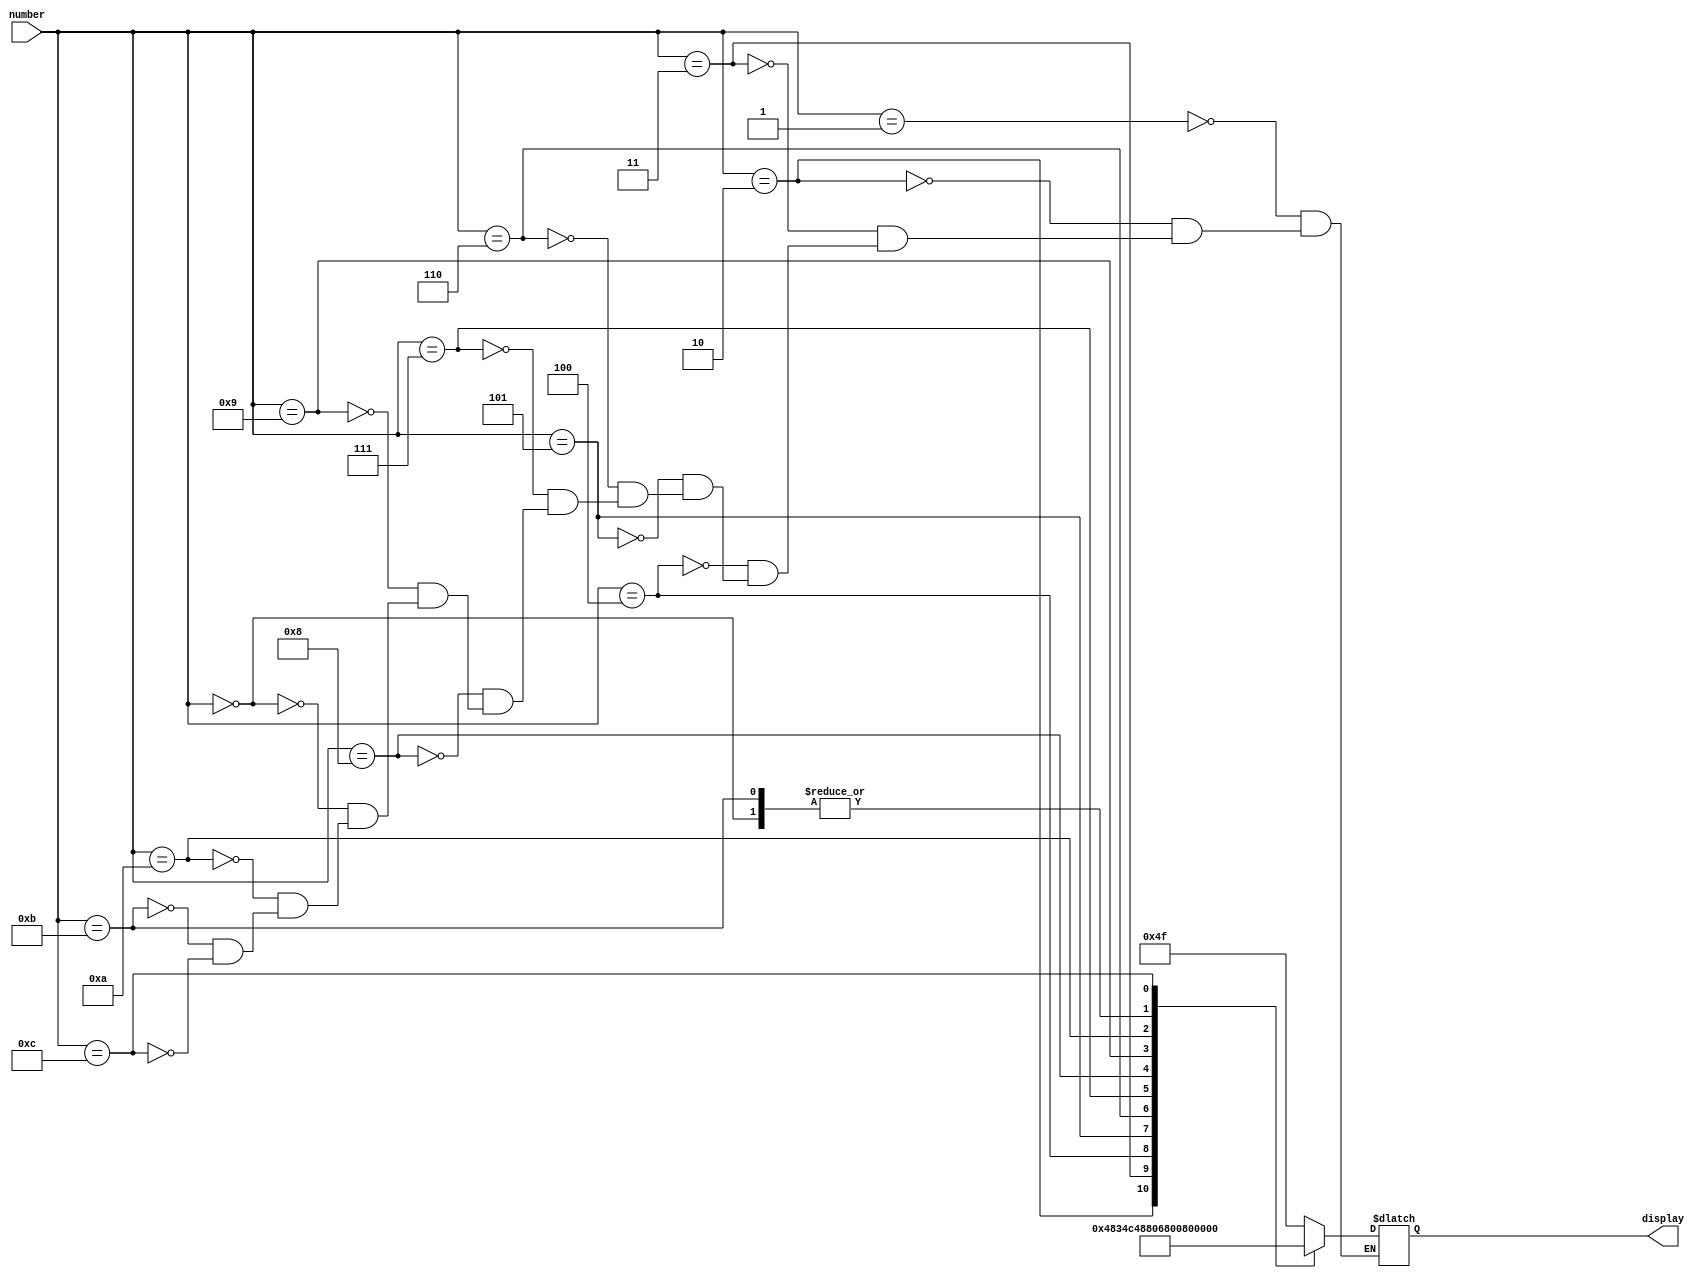
module decodificador (number,display);

input [3:0] number;
output reg [0:6] display;

always @ (number) begin
   case (number)
     1: display <= 7'b1001111;
     2: display <= 7'b0010010;
     3: display <= 7'b0000110;
     4: display <= 7'b1001100;
     5: display <= 7'b0100100;
     6: display <= 7'b0100000;
     7: display <= 7'b0001101;
     8: display <= 7'b0000000;
     9: display <= 7'b0000100;
     0: display <= 7'b0000001; //0
     10: display <= 7'b1111111; //desligar
     11: display <= 7'b0000001; //ligar
     12: display <= 7'b1111110; //sinal de menos
     endcase
end     
endmodule